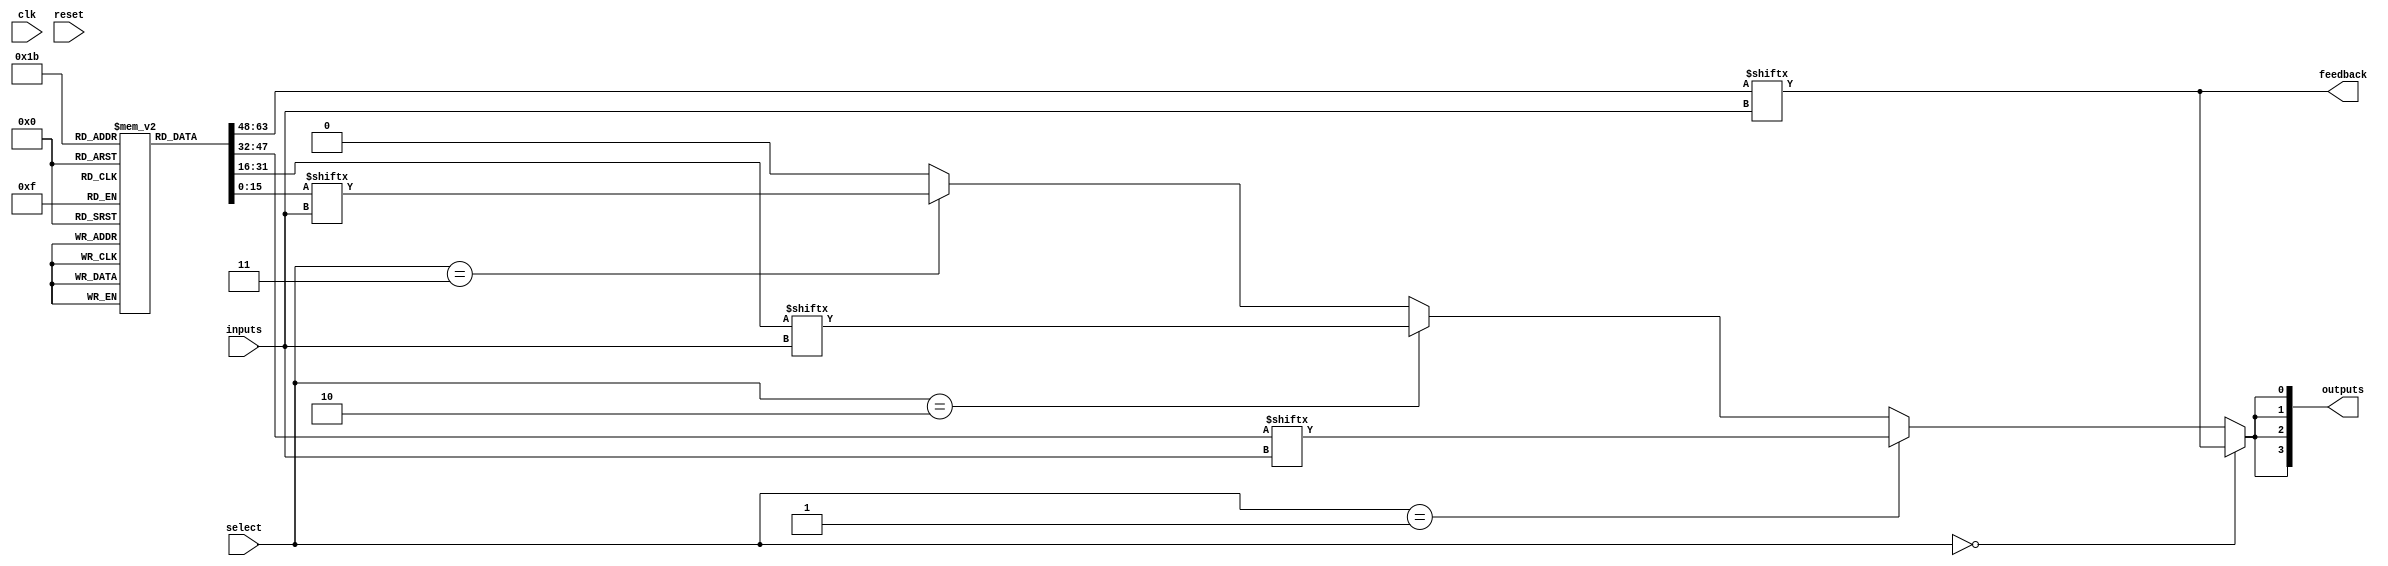
module CLB (
    input wire [3:0] inputs,         // Input lines (4 inputs)
    input wire [1:0] select,         // Select lines for multiplexers
    input wire clk,                   // Global clock signal
    input wire reset,                 // Global reset signal
    output wire [3:0] outputs,        // Output lines (4 outputs)
    output wire feedback              // Feedback path
);

// Configuration memory for LUTs (4 LUTs, 16 configurations each)
reg [15:0] lut_config [3:0];

// Logic function units (LUTs)
wire lut_out [3:0];
genvar i;
generate
    for (i = 0; i < 4; i = i + 1) begin : lut
        assign lut_out[i] = lut_config[i][{inputs[3:0]}]; // LUT output based on input
    end
endgenerate

// Multiplexer for selecting outputs from LUTs
wire mux_out;
assign mux_out = (select == 2'b00) ? lut_out[0] :
                 (select == 2'b01) ? lut_out[1] :
                 (select == 2'b10) ? lut_out[2] :
                 (select == 2'b11) ? lut_out[3] : 1'b0;

// Output assignment
assign outputs = {mux_out, mux_out, mux_out, mux_out}; // Example: driving all outputs with mux_out

// Feedback path
assign feedback = lut_out[0]; // Feedback from the first LUT

// Configuration memory initialization (for simulation purposes)
initial begin
    // Example configuration for LUTs (can be modified)
    lut_config[0] = 16'b0000000000000001; // LUT0: AND function
    lut_config[1] = 16'b0000000000000010; // LUT1: OR function
    lut_config[2] = 16'b0000000000000100; // LUT2: NOT function
    lut_config[3] = 16'b0000000000001000; // LUT3: XOR function
end

// Reset logic (if needed)
always @(posedge clk or posedge reset) begin
    if (reset) begin
        // Reset logic can be implemented here if needed
    end
end

endmodule